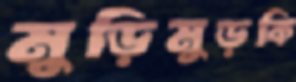
মুড়িমুড়কি